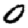
Digit: 0